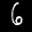
Label: 6